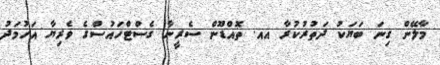
މާލޭން ގިނަ ބަޔަކު ދަތުރުކުރާ އއ. ތޮއްޑޫން ސެރީނާ ގެސްޓްހައުސްގެ ވެރިޔާ އަހުމަދު